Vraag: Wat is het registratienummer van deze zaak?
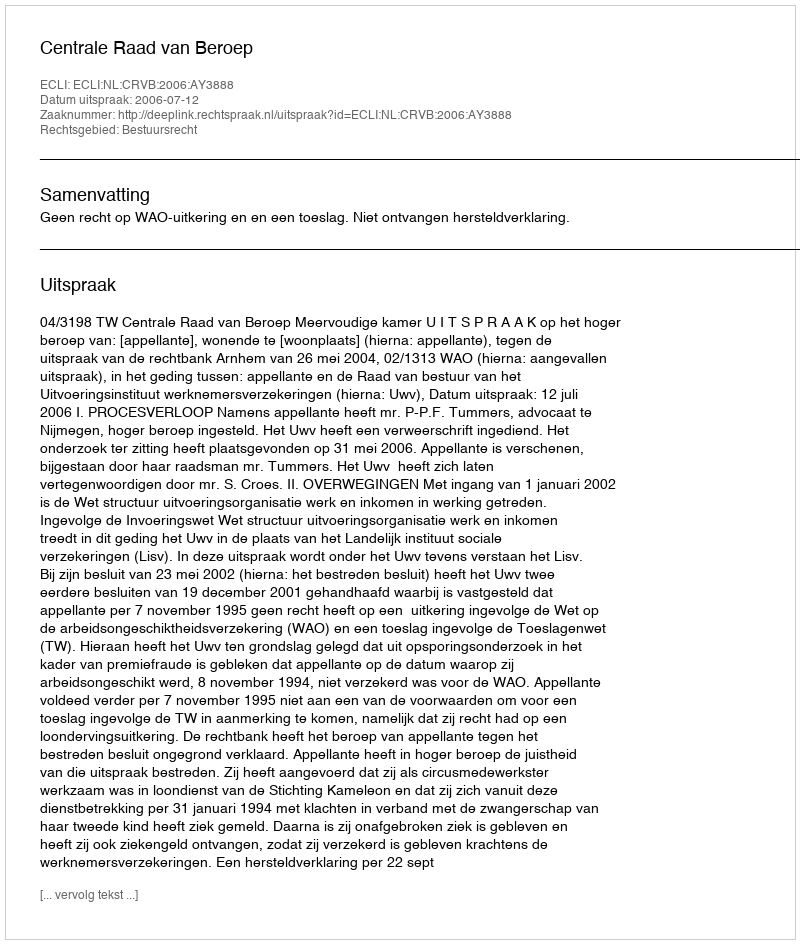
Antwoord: http://deeplink.rechtspraak.nl/uitspraak?id=ECLI:NL:CRVB:2006:AY3888